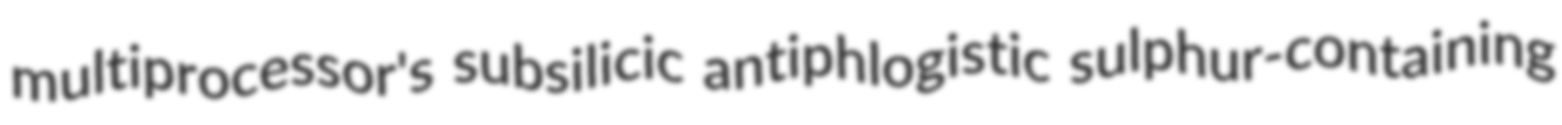
multiprocessor's subsilicic antiphlogistic sulphur-containing